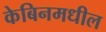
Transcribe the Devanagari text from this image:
केबिनमधील